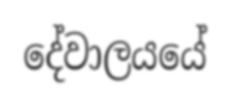
දේවාලයයේ